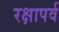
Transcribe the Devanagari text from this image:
रक्षापर्व